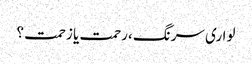
لواری سرنگ ،رحمت یا زحمت ؟